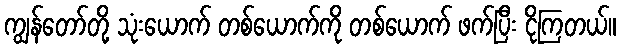
ကျွန်တော်တို့ သုံးယောက် တစ်ယောက်ကို တစ်ယောက် ဖက်ပြီး ငိုကြတယ်။